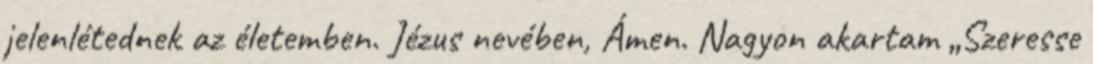
jelenlétednek az életemben. Jézus nevében, Ámen. Nagyon akartam „Szeresse